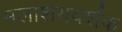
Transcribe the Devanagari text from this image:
मलाशयदर्शक